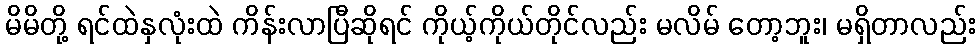
မိမိတို့ ရင်ထဲနှလုံးထဲ ကိန်းလာပြီဆိုရင် ကိုယ့်ကိုယ်တိုင်လည်း မလိမ် တော့ဘူး၊ မရှိတာလည်း